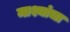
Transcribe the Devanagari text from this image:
माश्यांचा